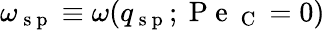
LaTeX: \omega_{\mathrm{~s~p~}}\equiv\omega(q_{\mathrm{~s~p~}};\mathrm{~P~e~}_{\mathrm{~C~}}=0)